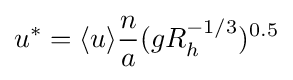
u^{*}=\langle u\rangle {\frac {n}{a}}(gR_{h}^{-1/3})^{0.5}